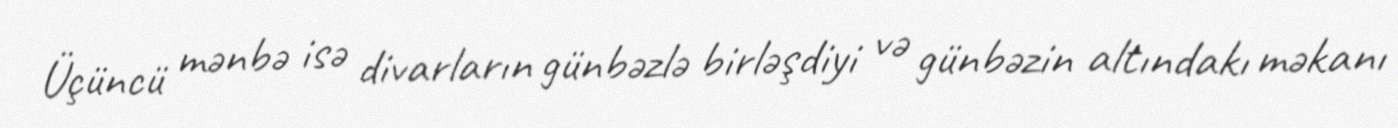
Üçüncü mənbə isə divarların günbəzlə birləşdiyi və günbəzin altındakı məkanı